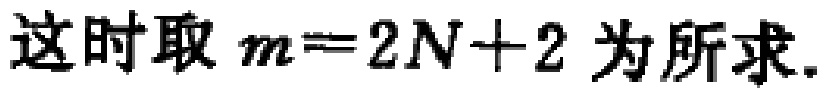
这时取 \(m = 2N + 2\) 为所求.